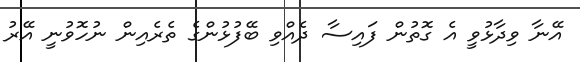
އޭނާ ވިދާޅުވީ އެ ގޮތުން ފައިސާ ދެއްވި ބޭފުޅުންގެ ތެރެއިން ނުހޮވުނީ އޭރު